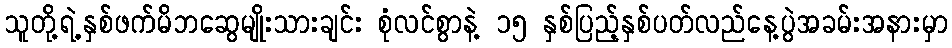
သူတို့ရဲ့နှစ်ဖက်မိဘဆွေမျိုးသားချင်း စုံလင်စွာနဲ့ ၁၅ နှစ်ပြည့်နှစ်ပတ်လည်နေ့ပွဲအခမ်းအနားမှာ